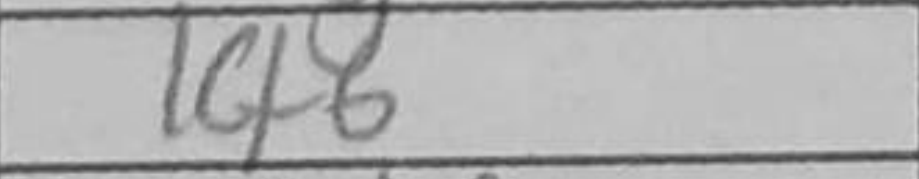
Transcription: Kf6